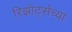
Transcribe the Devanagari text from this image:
रिझोर्ट्सच्या